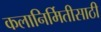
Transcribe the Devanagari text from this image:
कलानिर्मितीसाठी